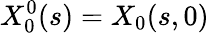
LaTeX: X_{0}^{0}(s)=X_{0}(s,0)